65_HS1-834228961_62-HQ-83894_Section_8
Agency: FBI
Page 50
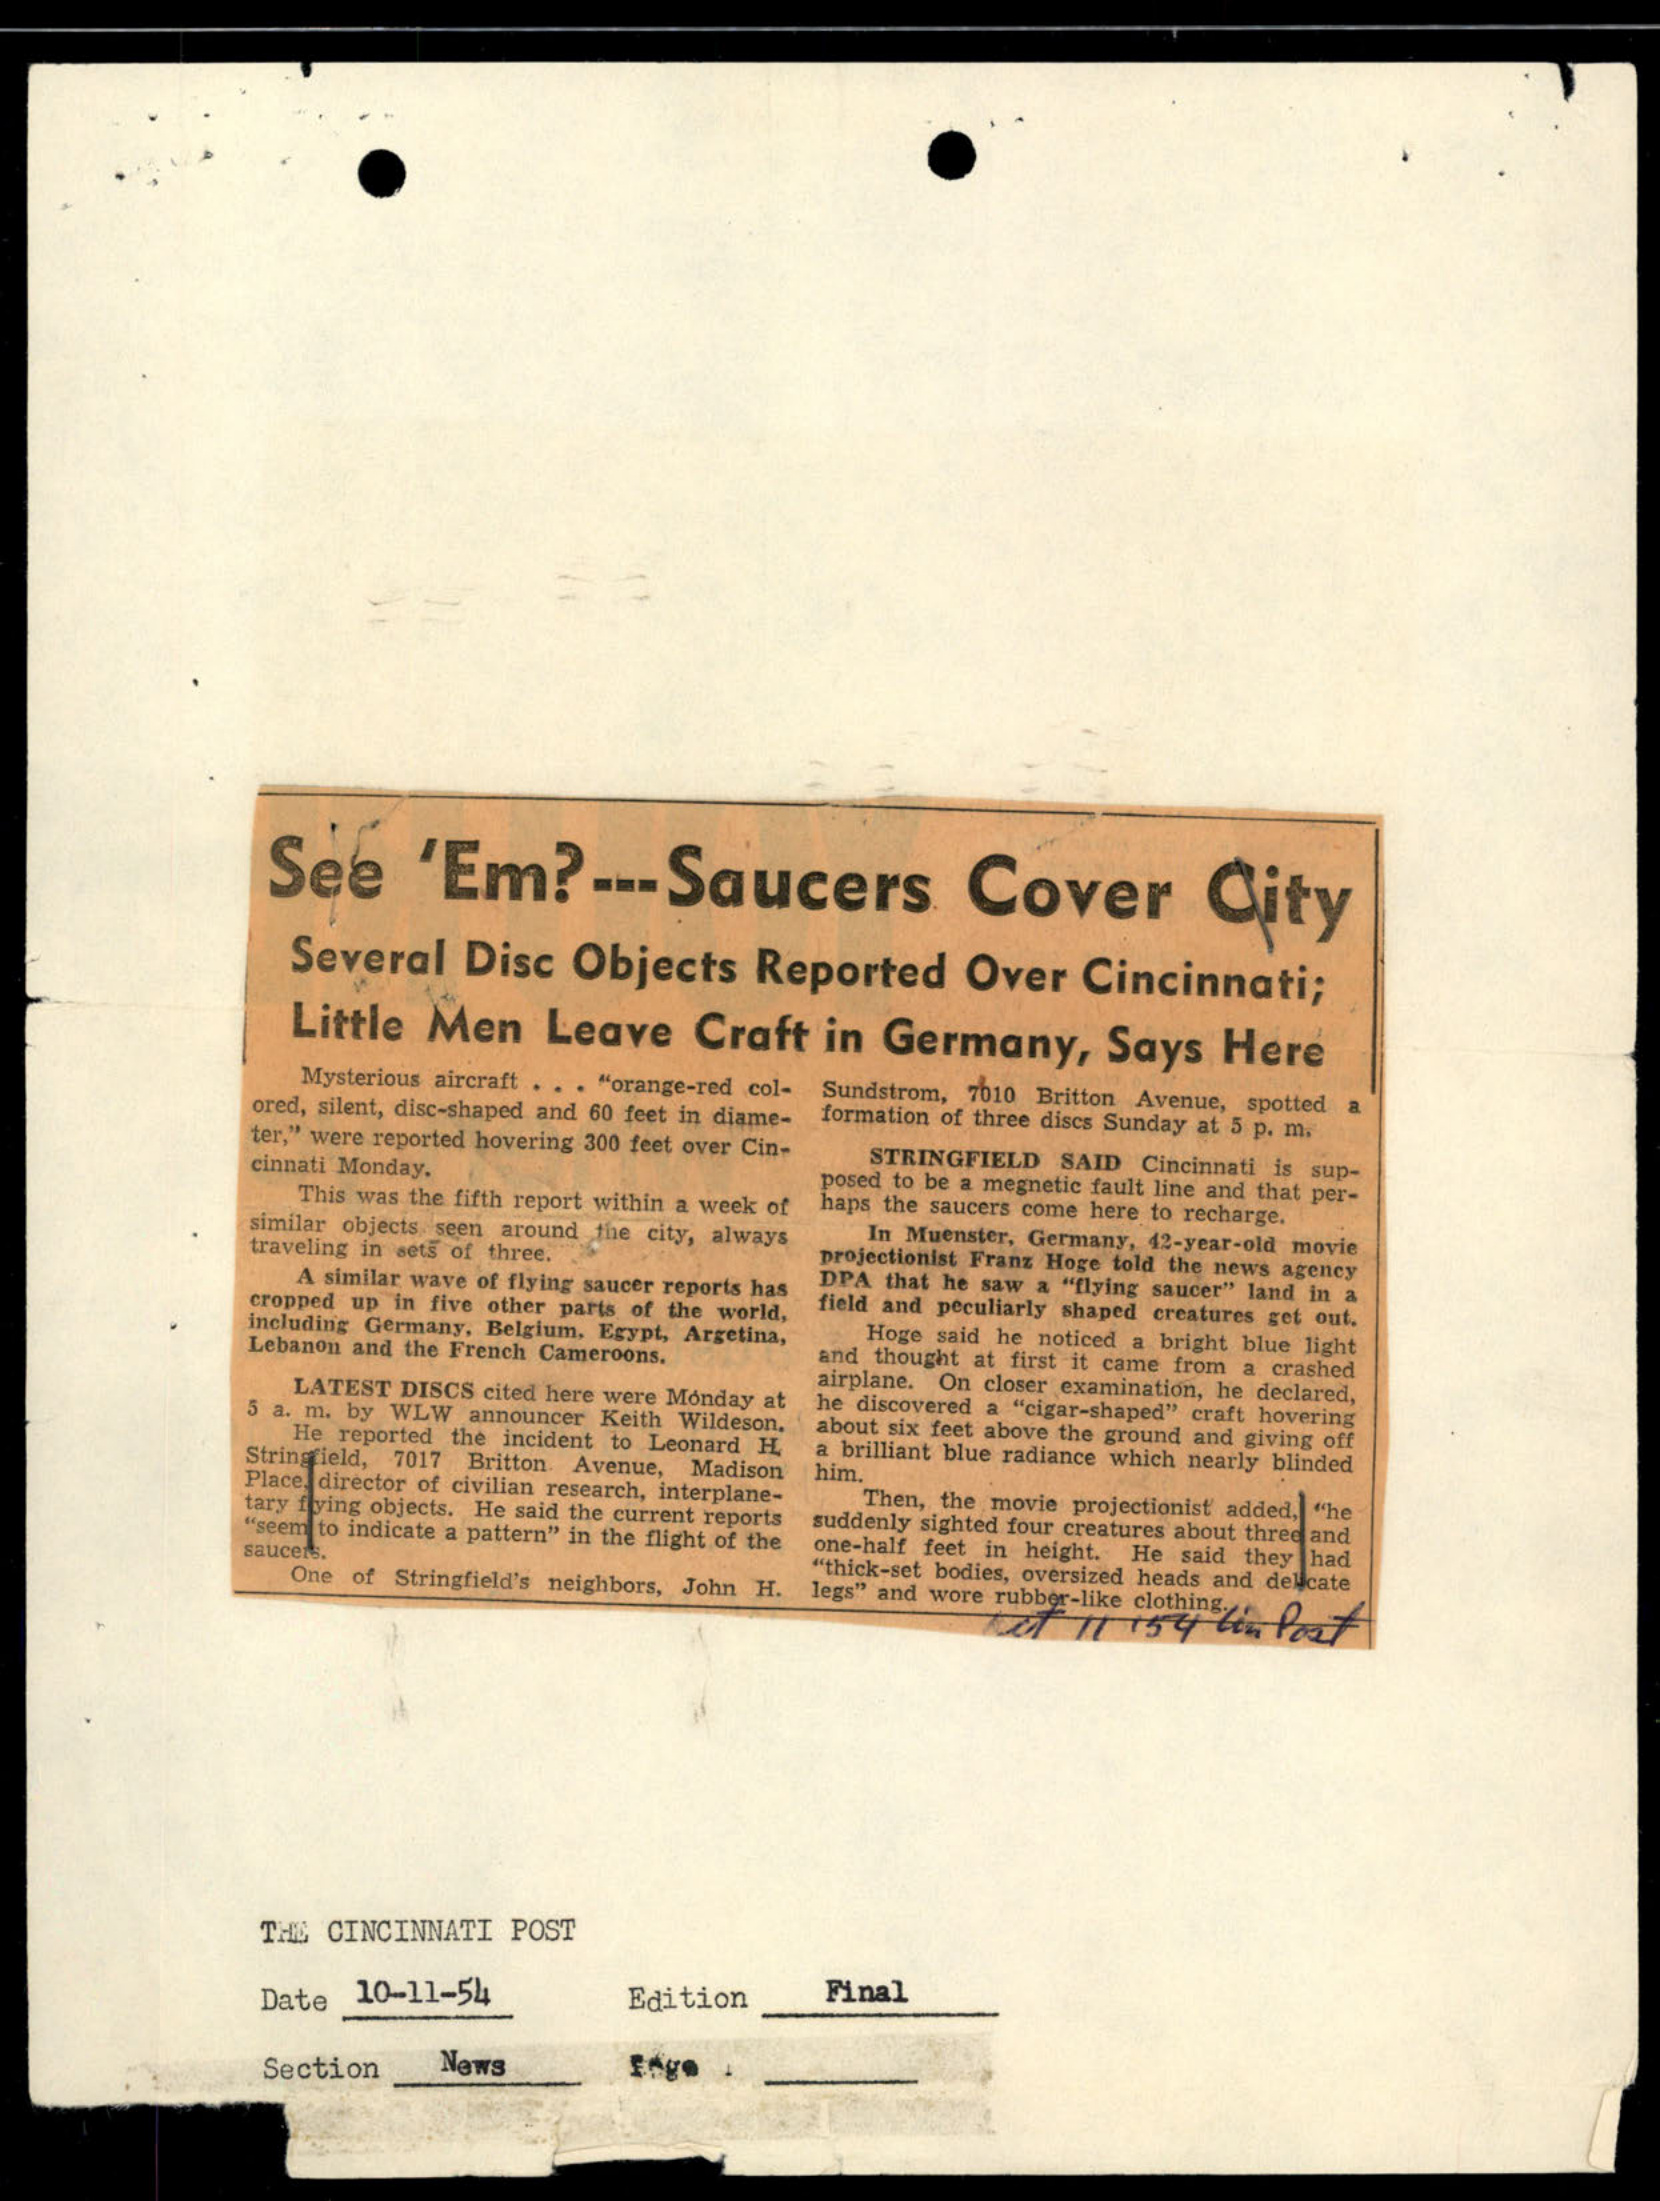